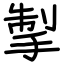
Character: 掣